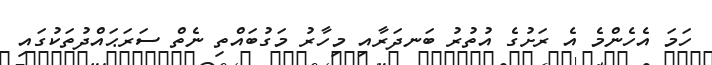
ހަމަ އެހެންމެ އެ ރަށުގެ އުތުރު ބަނދަރާއި މިހާރު މަގުބައްތި ނެތް ސަރަޙައްދުތަކުގައި